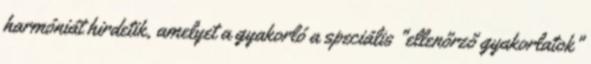
harmóniát hirdetik, amelyet a gyakorló a speciális "ellenőrző gyakorlatok"